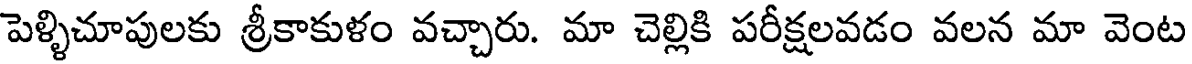
పెళ్ళిచూపులకు శ్రీకాకుళం వచ్చారు. మా చెల్లికి పరీక్షలవడం వలన మా వెంట